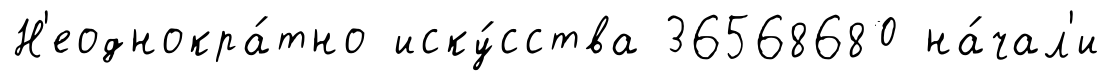
Н'еоднокра́тно иску́сства 36568680 на́чал'и